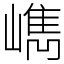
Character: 𡼕